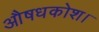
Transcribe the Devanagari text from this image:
औषधकोश।